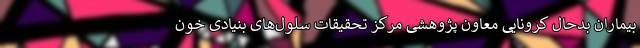
بیماران بدحال کرونایی معاون پژوهشی مرکز تحقیقات سلول‌های بنیادی خون